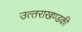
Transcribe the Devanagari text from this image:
उत्‍तराखण्‍डकी